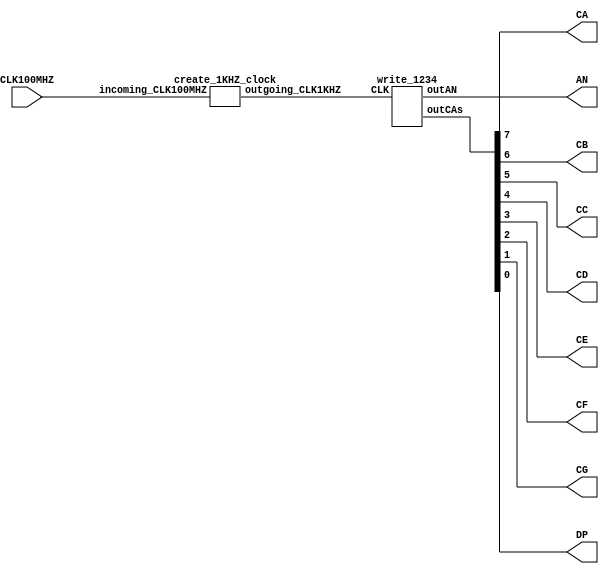
//////////////////////////////////////////////////////////////////////////////////
// Module Name: lab 7
// show 1234 on 7-segment display
// Used a Nexys4 DDR device to test
// Adapted from Jenny example from class, originally tried a muxing solution with no success
//////////////////////////////////////////////////////////////////////////////////
`timescale 1ns / 1ps

module topModule(
    input CLK100MHZ,
    output [7:0] AN,
    output CA,CB,CC,CD,CE,CF,CG,DP
    );
    
    wire [7:0] CAs;
    assign CA=CAs[7];
    assign CB=CAs[6];
    assign CC=CAs[5];
    assign CD=CAs[4];
    assign CE=CAs[3];
    assign CF=CAs[2];
    assign CG=CAs[1];
    assign DP=CAs[0];
    
    wire outgoing_CLK1KHZ;
    create_1KHZ_clock gate2 (CLK100MHZ,outgoing_CLK1KHZ);
    
    write_1234 gate1 (outgoing_CLK1KHZ,AN,CAs);
    
endmodule

module write_1234(input CLK,
    output reg [7:0] outAN,
    output reg [7:0] outCAs);

    reg [4:0] ctr=0;
    
    always @(posedge CLK) begin
        if(ctr==4'b0000) begin    
        end else if(ctr==4'b0011) begin
            outAN <= 8'b1111_0111;  // LED 4 (counting from right)
            outCAs <= 8'b1001_1111; // 1
        
        end else if(ctr==4'b0100) begin
            outAN <= 8'b1111_1011;  // LED 3 (counting from right)
            outCAs <= 8'b0010_0101; // 2, 3 and 6
        
        end else if(ctr==4'b0101) begin
            outAN <= 8'b1111_1101;  // LED 2 (counting from right)
            outCAs <= 8'b0000_1101; // 3
        
        end else if(ctr==4'b0110) begin
            outAN <= 8'b1111_1110;  // LED 1 (counting from right)
            outCAs <= 8'b1001_1001; // 4
        
        end else begin
            outAN <= 8'b1111_1111;
            outCAs <= 8'b1111_1111;
           
        end 
        
        // update the counter
        if(ctr==4'b1111) begin
            ctr <= 4'b0000;
        end else begin
            ctr <= ctr + 1;        
        end   
    end
    
endmodule

// creates 1000 Hz clock from a 100 MHz clock 
// 1000 Hz clock has a period of 0.001 seconds, which is equal to 1ms
// 100 MHz / 1000 Hz = 100 * 10^6 / 1000 = 100,000 cycles
// log_2(100,000) = 16.61, so 17 bits are needed for the counter
module create_1KHZ_clock(
    input incoming_CLK100MHZ,
    output reg outgoing_CLK1KHZ
    );
    
    reg [16:0] ctr=0;
    
    always @ (posedge incoming_CLK100MHZ) begin
        if(ctr==49_999) begin
            outgoing_CLK1KHZ <= 1'b0;
            ctr <= ctr + 1;            
        end else if(ctr==99_999) begin
            outgoing_CLK1KHZ <= 1'b1;
            ctr <= 0;
        end else begin
            ctr <= ctr + 1;
        end         
    end
endmodule